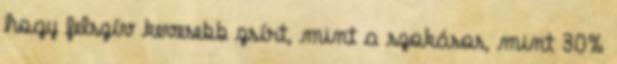
hogy felszív kevesebb zsírt, mint a szokásos, mint 30%